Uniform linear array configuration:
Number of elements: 4
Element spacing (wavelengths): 0.25
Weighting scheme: uniform
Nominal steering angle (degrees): -60
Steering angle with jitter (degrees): -59.757
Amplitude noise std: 0.05
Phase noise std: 0.05

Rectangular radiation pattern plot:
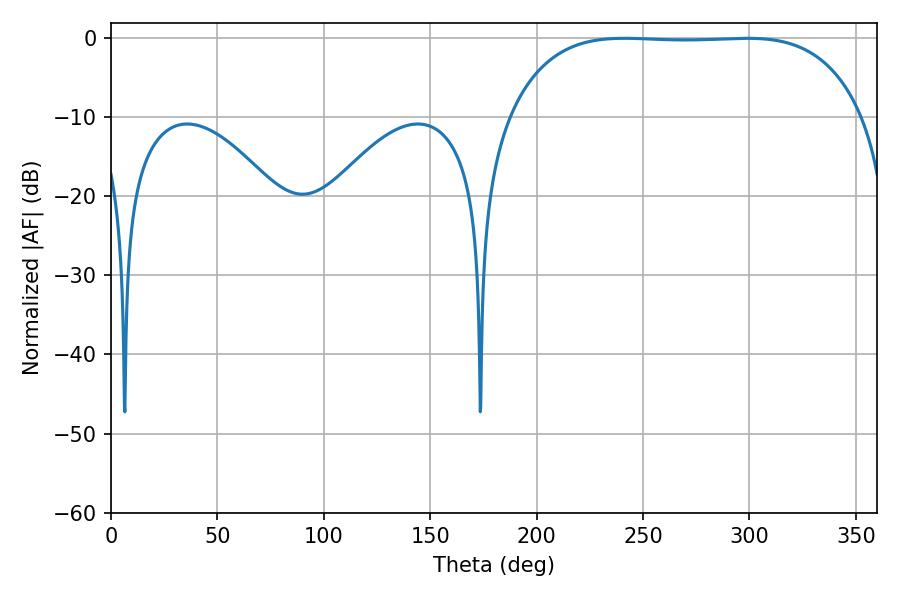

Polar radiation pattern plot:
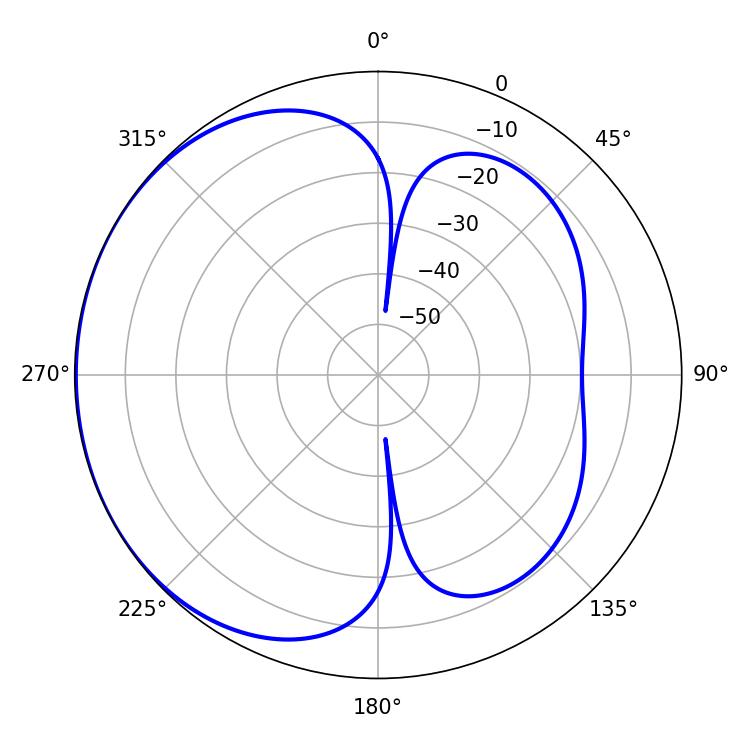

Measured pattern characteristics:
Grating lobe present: FALSE
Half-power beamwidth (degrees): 129.6
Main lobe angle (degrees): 298.8